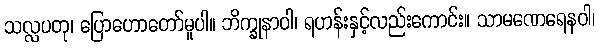
သလ္လပတု၊ ပြောဟောတော်မူပါ။ ဘိက္ခုနာဝါ၊ ရဟန်းနှင့်လည်းကောင်း။ သာမဏေရေနဝါ၊